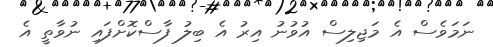
ނަމަވެސް އެ މަޖިލިސް އުވުނު އިރު އެ ބިލު ފާސްކޮށްފައި ނުވާތީ އެ